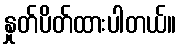
နှုတ်ပိတ်ထားပါတယ်။